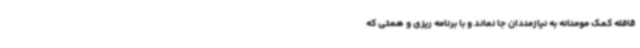
قافله کمک مومنانه به نیازمندان جا نماند و با برنامه ریزی و همتی که